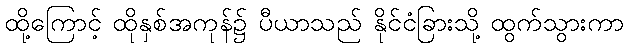
ထို့ကြောင့် ထိုနှစ်အကုန်၌ ပီယာသည် နိုင်ငံခြားသို့ ထွက်သွားကာ